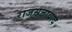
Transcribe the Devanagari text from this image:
राजसत्तावाद